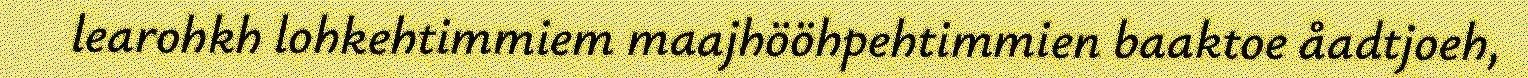
learohkh lohkehtimmiem maajhööhpehtimmien baaktoe åadtjoeh,